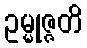
ဥမ္မုဇ္ဇတိ